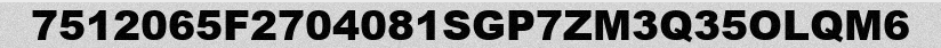
7512065F2704081SGP7ZM3Q35OLQM6